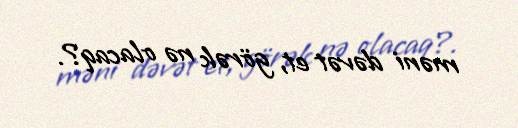
məni dəvət et, görək nə olacaq?.